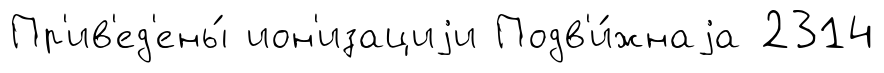
Пр'ив'ед'ены́ ион'изациjи Подв'и́жнаjа 2314